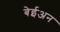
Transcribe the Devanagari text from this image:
बेईअन